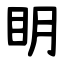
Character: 眀